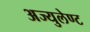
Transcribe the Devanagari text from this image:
अज्युलेण्ट